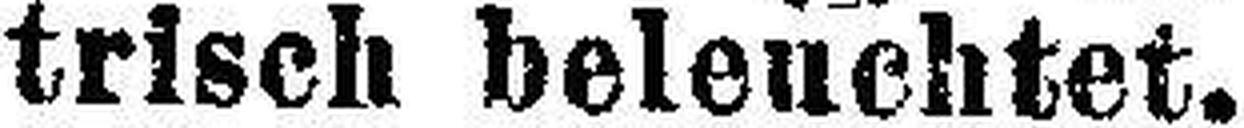
trisch beleuchtet. 10536